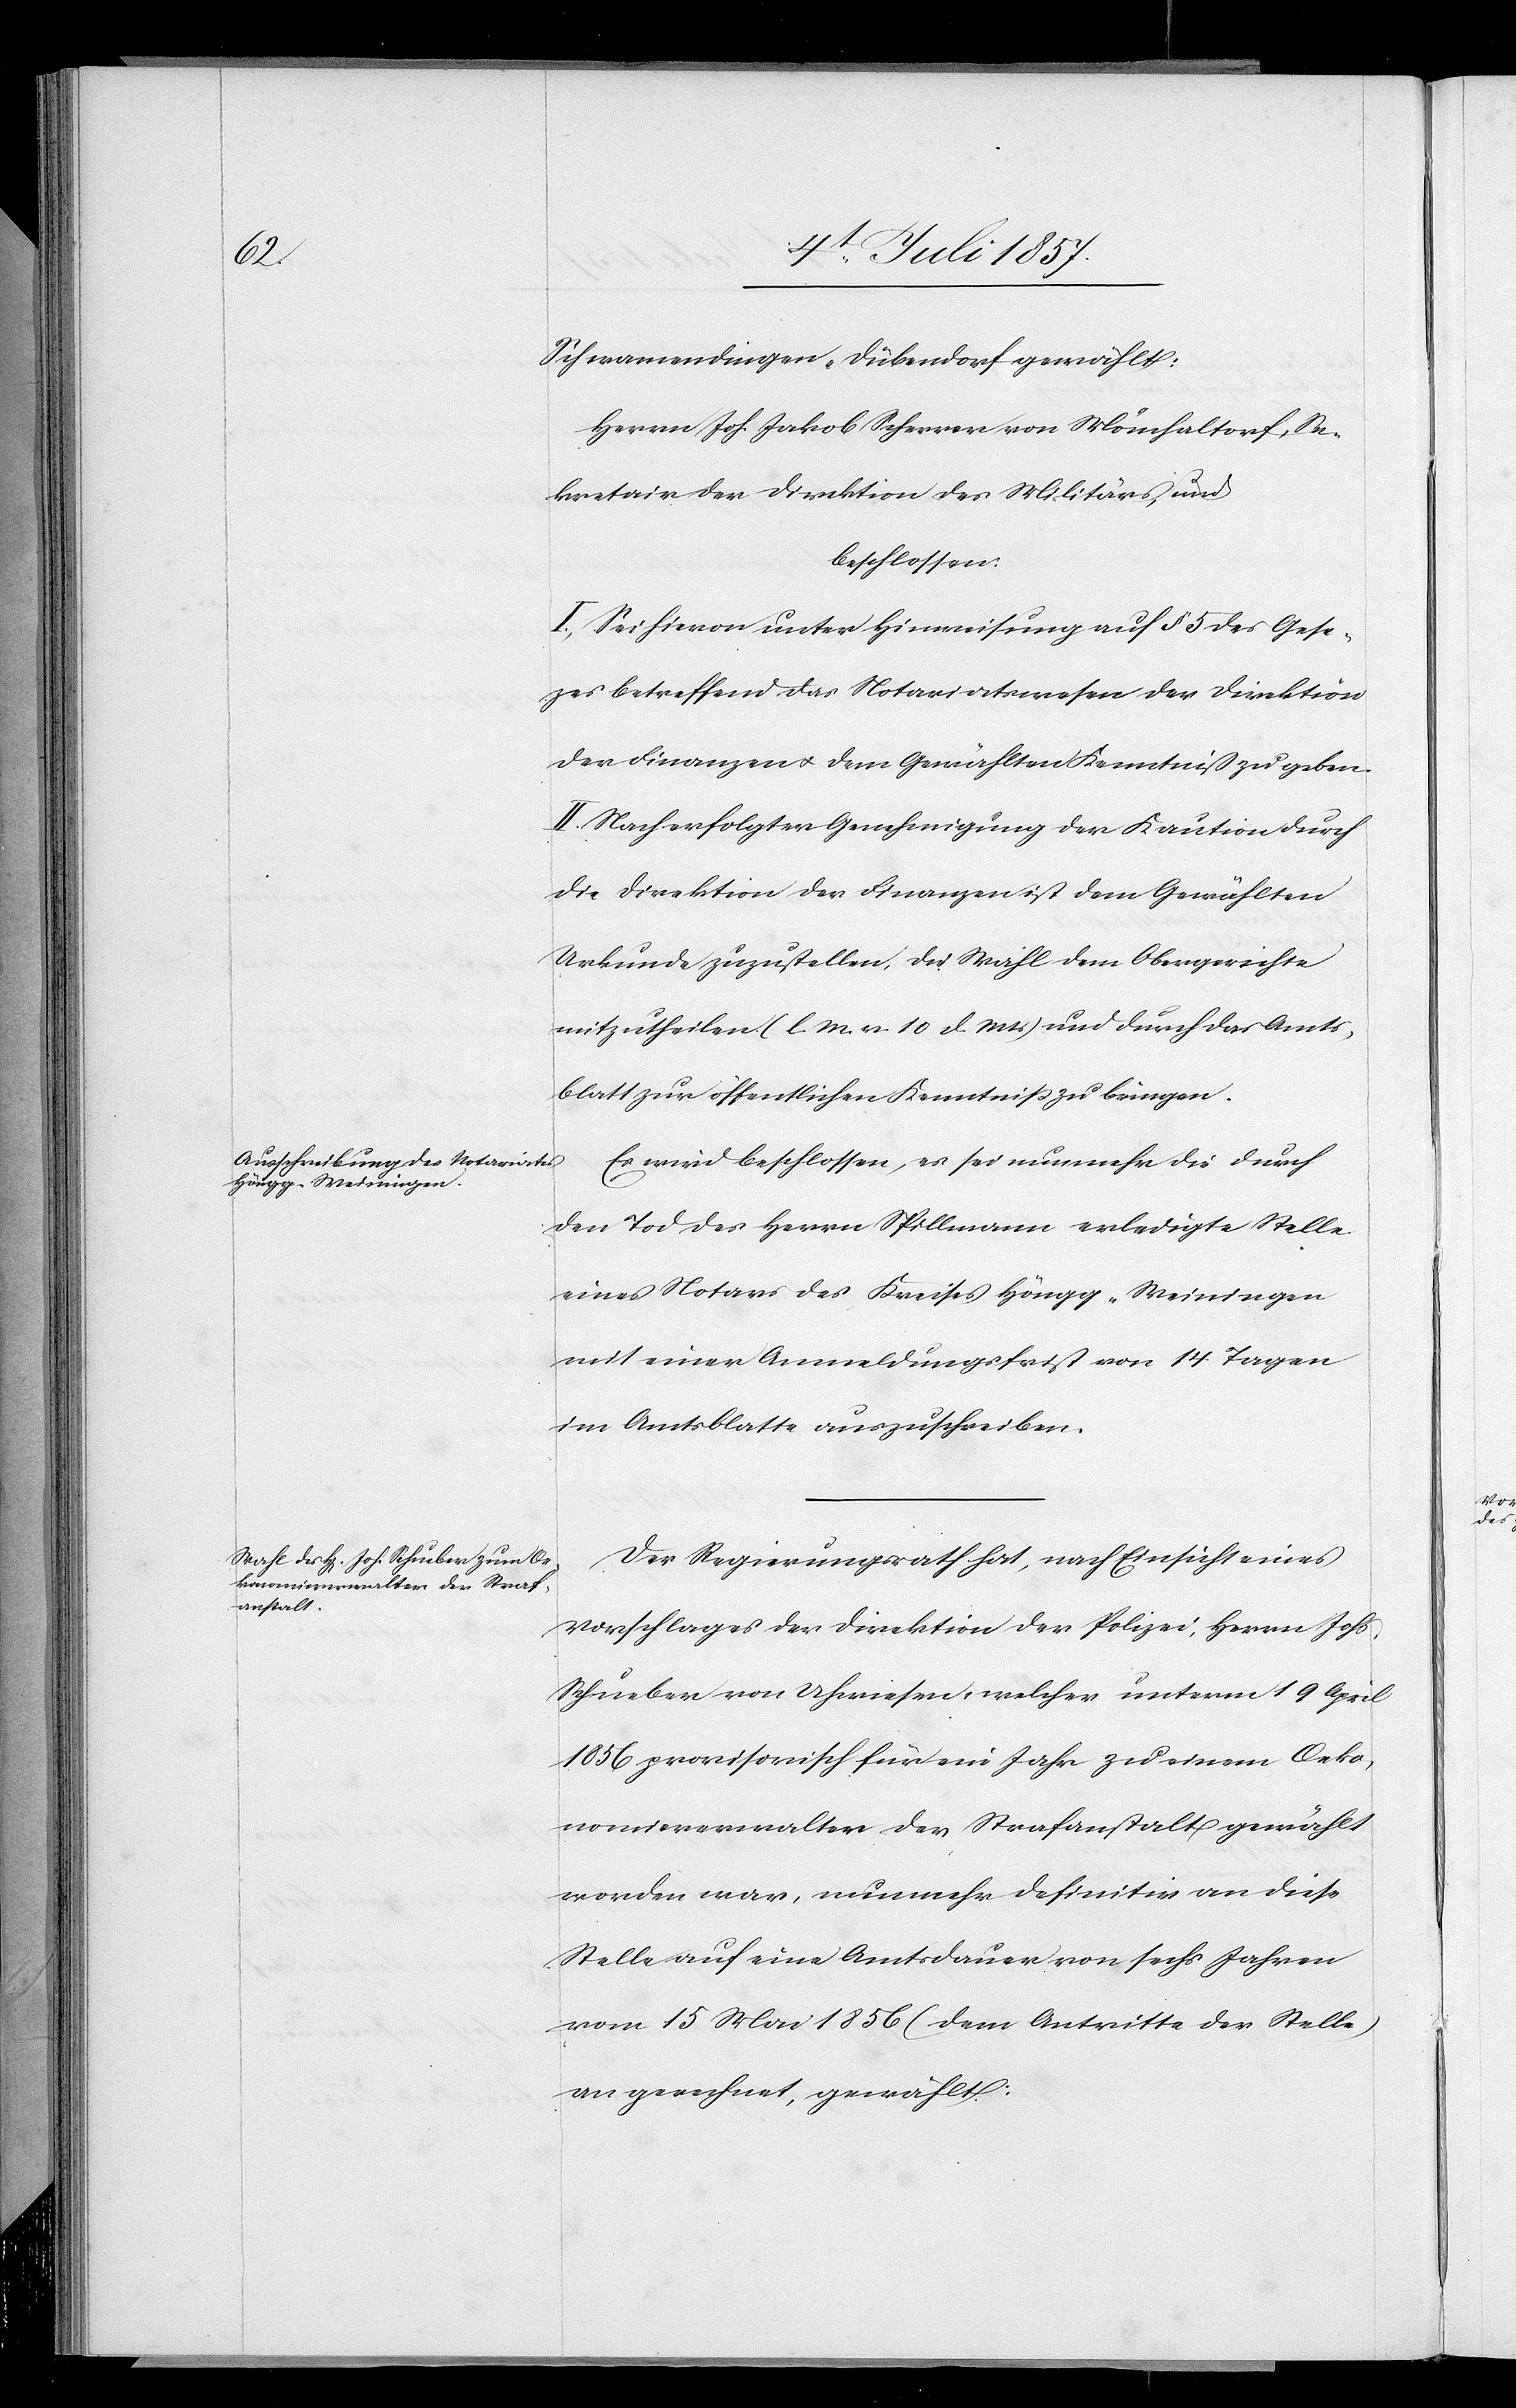
Schwamendingen-Dübendorf gewählt:
Herrn Joh. Jakob Scherrer von Mönchaltorf, Se¬
kretair der Direktion des Militärs, und
beschlossen:
I. Sei hievon unter Hinweisung auf § 5 des Geset¬
zes betreffend das Notariatswesen der Direktion
der Finanzen & dem Gewählten Kenntniß zu geben.
II. Nach erfolgter Genehmigung der Kaution durch
die Direktion der Finanzen ist dem Gewählten
Urkunde zuzustellen, die Wahl dem Obergerichte
mitzutheilen [l. M. v. 10. d. M.] und durch das Amts¬
blatt zur öffentlichen Kenntniß zu bringen.
Es wird beschlossen, es sei nunmehr die durch
den Tod des Herrn Spillmann erledigte Stelle
eines Notars des Kreises Höngg-Weiningen
mit einer Anmeldungsfrist von 14 Tagen
im Amtsblatte auszuschreiben.
Der Regierungsrath hat, nach Einsicht eines
Vorschlages der Direktion der Polizei, Herrn Johs.
Schueber von Uhwiesen, welcher unterm 19 April
1856 provisorisch für ein Jahr zu einem Oeko¬
nomieverwalter der Strafanstalt gewählt
worden war, nunmehr definitiv an diese
Stelle auf eine Amtsdauer von sechs Jahren
vom 15 Mai 1856 (dem Antritte der Stelle)
an gerechnet, gewählt.